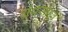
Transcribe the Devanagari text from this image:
ग्रंथसाहब